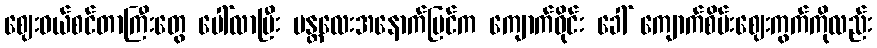
ဈေးဝယ်စင်တာကြီးတွေ ပေါ်လာပြီး မန္တလေးအနောက်ပြင်က ကျောက်ဝိုင်း ခေါ် ကျောက်စိမ်းဈေးကွက်ကိုလည်း